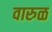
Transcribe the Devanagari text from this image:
वारुळ